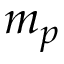
m _ { p }